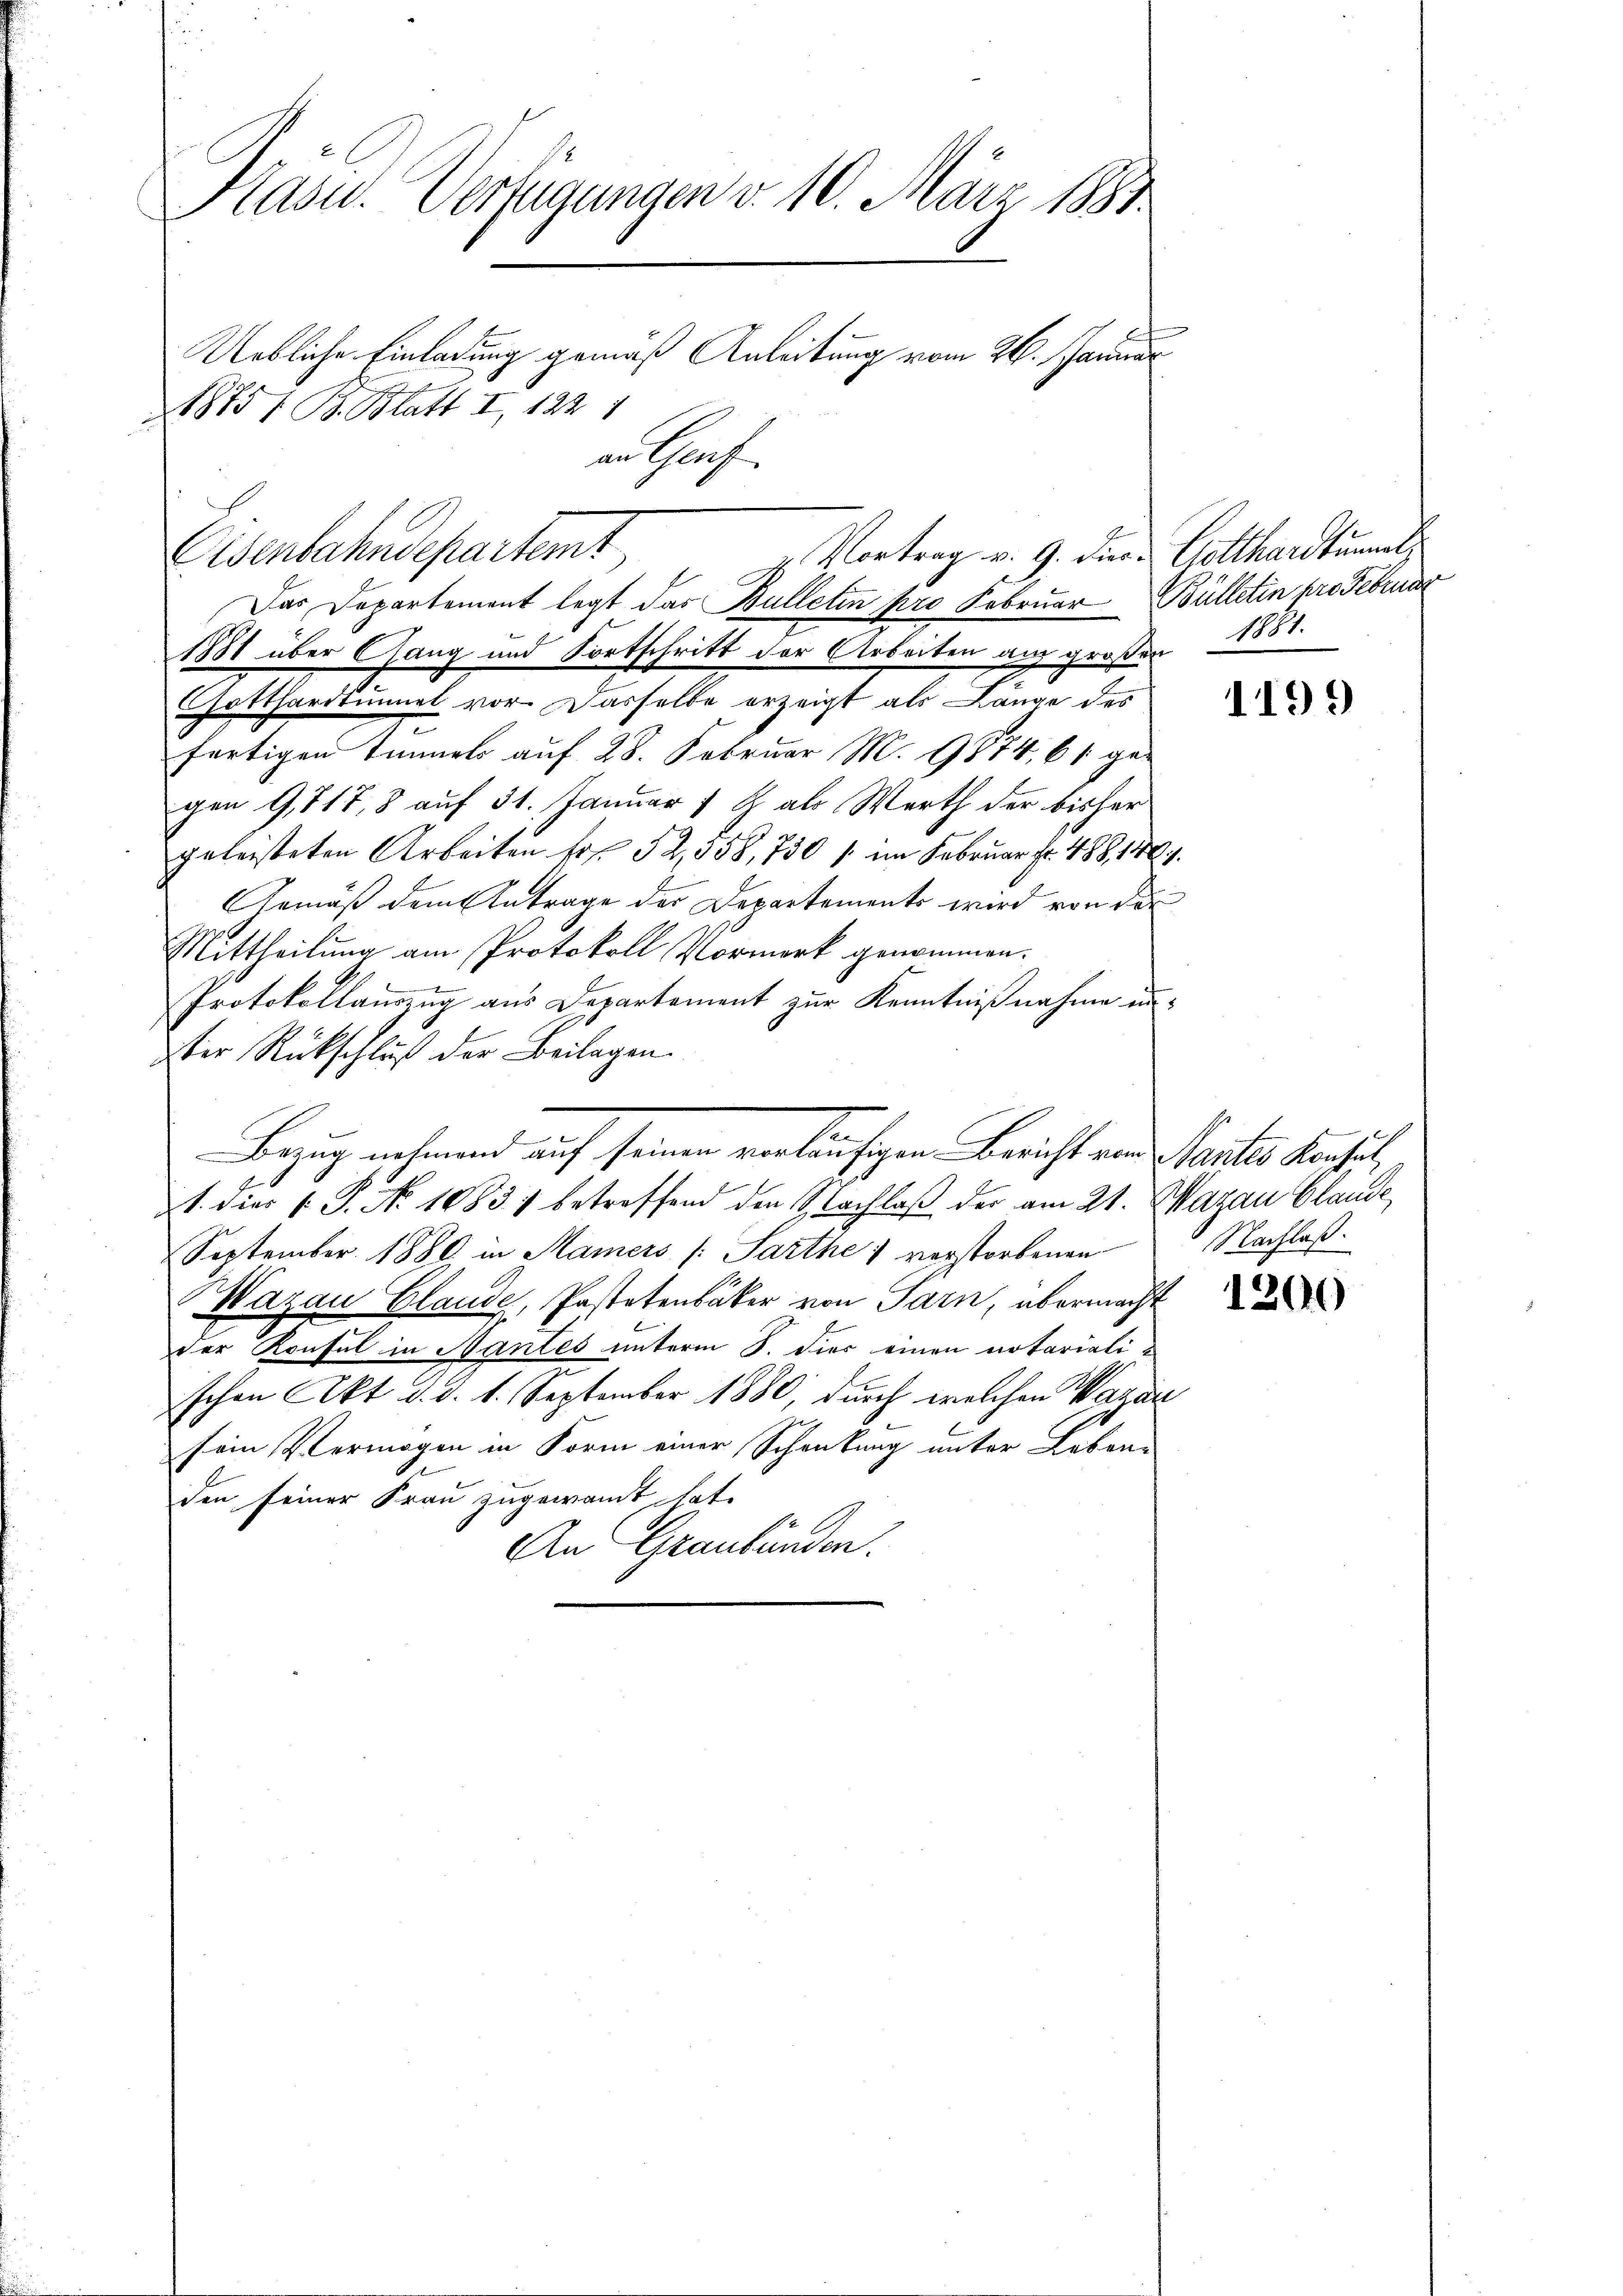
Kasu. Verfügungen v. 10. März 1881
Uebliche Einladung gemäß Anleitung vom 26. Januar
1885/ B. Blatt I 122 1
an Hof.

Eisenbahndepartemt
Vortrag v. 9. die Gotthardtumel
Das Departement legt das Bulleten pro Februar Bülletin pro Februar
1881 über Gang und Fortschritt der Arbeiten aus großer 1881.

Gotthardtunnet vor. Dasselbe erzeigt als Länge des
fertigen Immels auf 28. Februar M. 1874, 61 ge-
gen 9,817, 8 auf 31. Januar 7 J. als Werth der bisher
geleisteten Arbeiten Fr. 52,358, 730 / im Februar fr. 488, 146.
Gemäß dem Antrage der Departements wird von der
Mittheilung am Protokoll Vormerk genommen.
x
Protokollauszug aus Departement zur Kenntnißnahme inder Rückschluß der Beilagen.
Bezug nehmend auf seinen vorläufigen Bericht von Bautes densel
zt. Dies v. P. Nr. 10831 betreffend den Nachlaß der am 21. Marau Claude
September 1880 in Mamers (: Parthe) verstorbenen
Wazau Claude, Pastetenbäker von Sarn, übermacht
der Konsul in Mantes unterm 8. dies einen notarialischen Akt d. d. 1. September 1880, durch welchen Wagan
sein Vermögen in Form einer Schankung unter Lebenden seiner Frau zugewandt hat.
An Graubünden.

1199)

Nachlaß.

1200